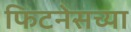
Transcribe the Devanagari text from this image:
फिटनेसच्या